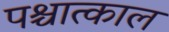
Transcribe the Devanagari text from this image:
पश्चात्काल